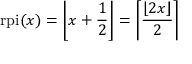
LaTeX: { \mathrm { r p i } } ( x ) = \left\lfloor x + { \frac { 1 } { 2 } } \right\rfloor = \left\lceil { \frac { \lfloor 2 x \rfloor } { 2 } } \right\rceil